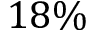
1 8 \%